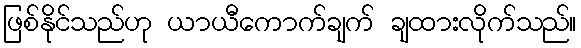
ဖြစ်နိုင်သည်ဟု ယာယီကောက်ချက် ချထားလိုက်သည်။